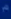
^{\rho}